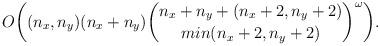
LaTeX: \begin{align*}O \bigg( (n_x,n_y)(n_x + n_y) \binom{n_x + n_y + (n_x +2, n_y + 2)}{ min(n_x +2, n_y + 2)}^{\omega} \bigg).\end{align*}